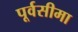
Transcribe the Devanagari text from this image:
पूर्वसीमा